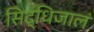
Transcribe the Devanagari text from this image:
सिद्धिजालं